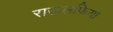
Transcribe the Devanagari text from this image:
राऊलफिया